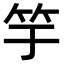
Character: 竽